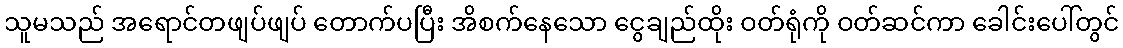
သူမသည် အရောင်တဖျပ်ဖျပ် တောက်ပပြီး အိစက်နေသော ငွေချည်ထိုး ဝတ်ရုံကို ဝတ်ဆင်ကာ ခေါင်းပေါ်တွင်